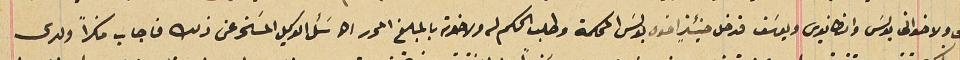
لى ولاخواتى بولسَ وانطانيوس ويوسَف فدخل حينئذٍ اخوه بولسَ المحكمة وطلب الحكم له ولاخوته بالمبلغ المحرر الخ سَئل الوكيل المسَخر عن ذلك فاجاب منكراً ولدى